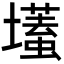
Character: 𡒹